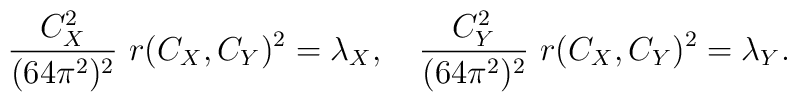
{{C_X^2} \over {(64 \pi^2)^2}} \ r(C_X,C_Y)^2 = \lambda_X,\quad {{C_Y^2} \over {(64 \pi^2)^2}} \ r(C_X,C_Y)^2 = \lambda_Y,